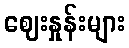
ဈေးနှုန်းများ